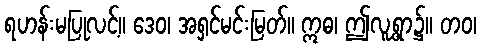
ရဟန်းမပြုလင့်။ ဒေဝ၊ အရှင်မင်းမြတ်။ ဣဓ၊ ဤလူ့ရွာ၌။ တဝ၊